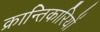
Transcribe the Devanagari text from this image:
क्रान्‍तिकारियों